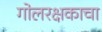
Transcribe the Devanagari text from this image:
गोलरक्षकाचा